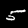
Label: 5